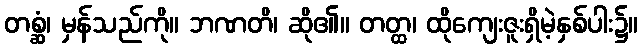
တစ္ဆံ၊ မှန်သည်ကို။ ဘဏတိ၊ ဆို၏။ တတ္ထ၊ ထိုကျေးဇူးရှိမဲ့နှစ်ပါး၌။